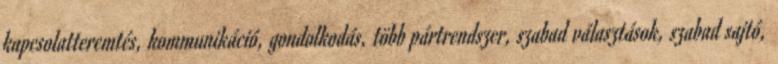
kapcsolatteremtés, kommunikáció, gondolkodás, több pártrendszer, szabad választások, szabad sajtó,